Vaccine operations Central Provinces & Berar 1922-1929 - 1922-1929
Year: 1922
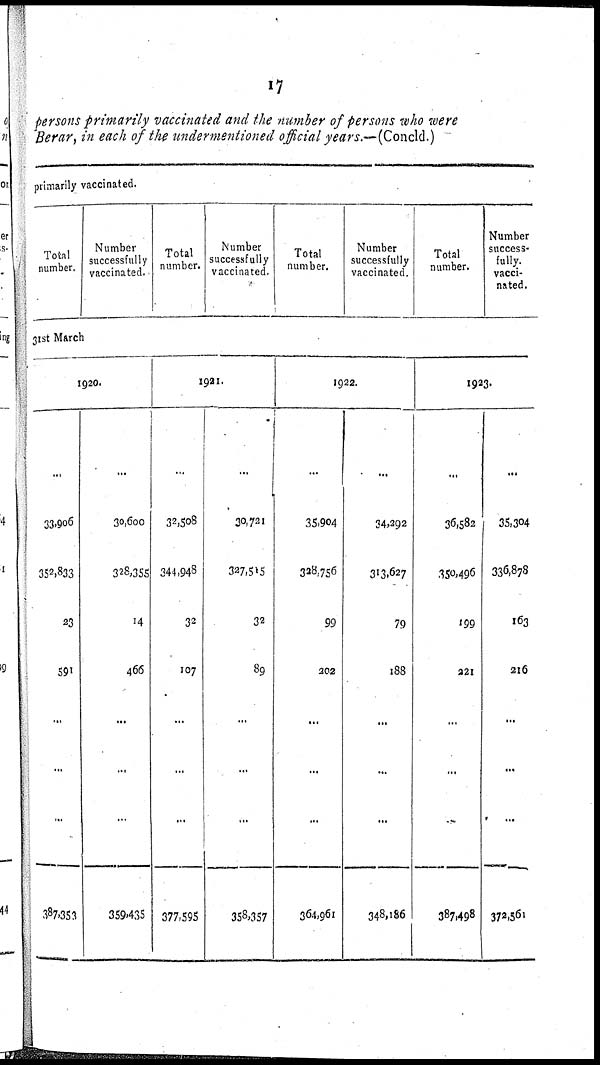
17
persons primarily vaccinated and the number of persons who were
Berar, in each of the undermentioned official years.—(Concld.)
primarily vaccinated.
Total
number.
Number
successfully
vaccinated.
Total
number.
Number
successfully
vaccinated.
Total
number.
Number
successfully
vaccinated.
Total
number.
Number
success-
fully.
vacci-
nated.
31st March
1920.
33,906
352,833
23
591
...
...
387,353
30,600
328,355
14
466
...
...
359,435
1921.
32,508
344,948
32
107
...
...
377,595
30,721
327,515
32
89
...
...
358,357
1922.
35,904
328,756
99
202
...
...
364,961
34,292
313,627
79
188
...
...
348,186
1923.
36,582
350,496
199
221
...
...
387,498
35,304
336,878
163
216
...
...
372,561